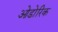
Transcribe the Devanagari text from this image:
ओडोरिक